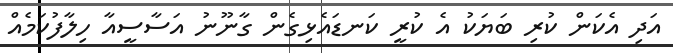
އަދި އެކަން ކުރި ބަޔަކު އެ ކުރީ ކަނޑައެޅިގެން ގާނޫނު އަސާސީއާ ހިލާފުކަމެއް